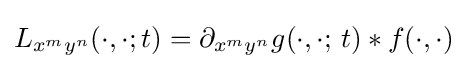
L_{x^{m}y^{n}}(\cdot ,\cdot ;t)=\partial _{x^{m}y^{n}}g(\cdot ,\cdot ;\,t)*f(\cdot ,\cdot )